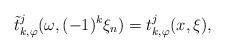
LaTeX: \begin{align*} \tilde{t}^j_{k,\varphi} (\omega,(-1)^k \xi_n) = t^j_{k,\varphi}(x, \xi),\end{align*}